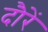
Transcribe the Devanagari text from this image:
दौरें